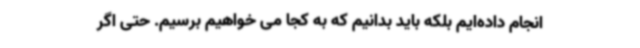
انجام داده‌ایم بلکه باید بدانیم که به کجا می خواهیم برسیم. حتی اگر